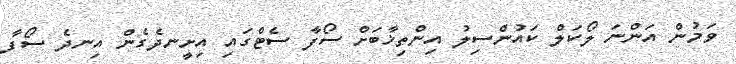
ވަމުން އަންނަ ލޯކަލް ކައުންސިލު އިންތިޚާބަށް ސޯފާ ސެޓްގައި އިށީނދެގެން އިނދެ ސޯފާ